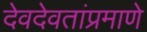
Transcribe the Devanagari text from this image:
देवदेवतांप्रमाणे